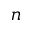
n